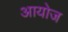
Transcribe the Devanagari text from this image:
आयोज